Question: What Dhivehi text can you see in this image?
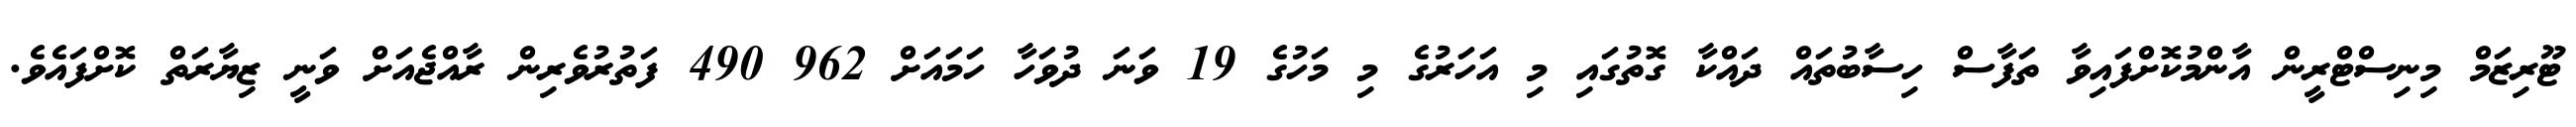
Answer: ޓޫރިޒަމް މިނިސްޓްރީން އާންމުކޮށްފައިވާ ތަފާސް ހިސާބުތައް ދައްކާ ގޮތުގައި މި އަހަރުގެ މި މަހުގެ 19 ވަނަ ދުވަހާ ހަމައަށް 962 490 ފަތުރުވެރިން ރާއްޖެއަށް ވަނީ ޒިޔާރަތް ކޮށްފައެވެ.